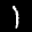
Label: 1